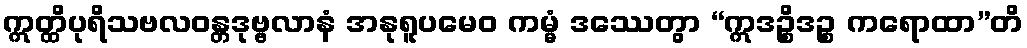
ဣတ္ထိပုရိသဗလဝန္တဒုဗ္ဗလာနံ အနုရူပမေဝ ကမ္မံ ဒဿေတွာ “ဣဒဉ္စိဒဉ္စ ကရောထာ”တိ